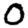
Digit: 0